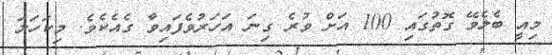
މިއީ ބެލެވޭ ގޮތުގައި 100 އަށް ވުރެ ގިނަ އަހަރުވެފައިވާ ގެއެކެވެ. މިކަހަލަ